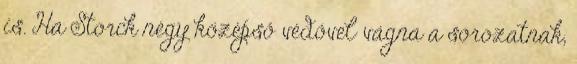
is. Ha Storck négy középső védővel vágna a sorozatnak,